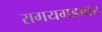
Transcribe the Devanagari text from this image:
रागयगडावर